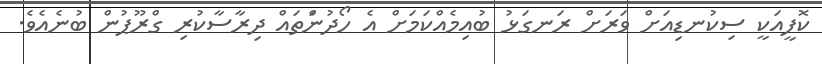
ކޮފީއަކީ ސިކުނޑިއަށް ވަރަށް ރަނގަޅު ބުއިމެއްކަމަށް އެ ހޯދުންަތައް ދިރާސާކުރި ގްރޫޕުން ބުނެއެވެ.